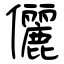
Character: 儷